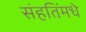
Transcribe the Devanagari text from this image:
संहतिंमधे